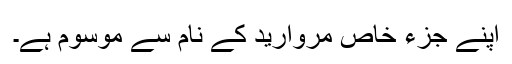
اپنے جزءِ خاص مروارید کے نام سے موسوم ہے۔